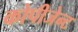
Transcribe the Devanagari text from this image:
कोपीजेन्ट